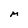
Character: M